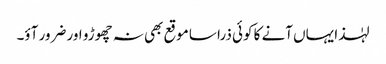
لہٰذا یہاں آنے کا کوئی ذرا سا موقع بھی نہ چھوڑو اور ضرور آؤ۔